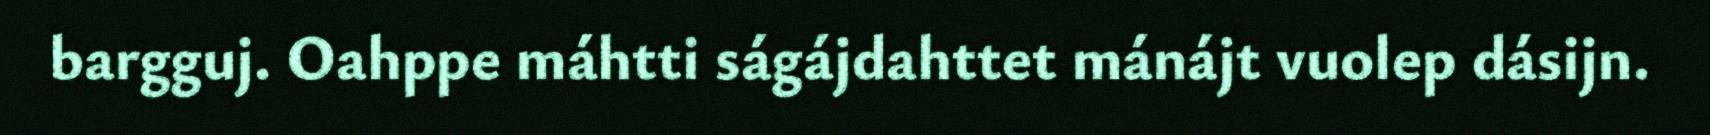
bargguj. Oahppe máhtti ságájdahttet mánájt vuolep dásijn.